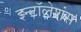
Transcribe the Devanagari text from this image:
इन्टॉलेशंस